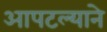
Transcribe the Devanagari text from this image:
आपटल्याने